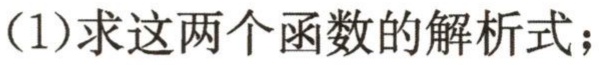
(1)求这两个函数的解析式；